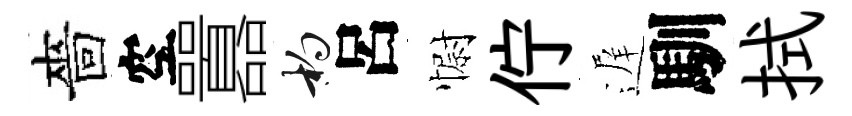
嗇空囂杓呂𢠢佇遅馴拭